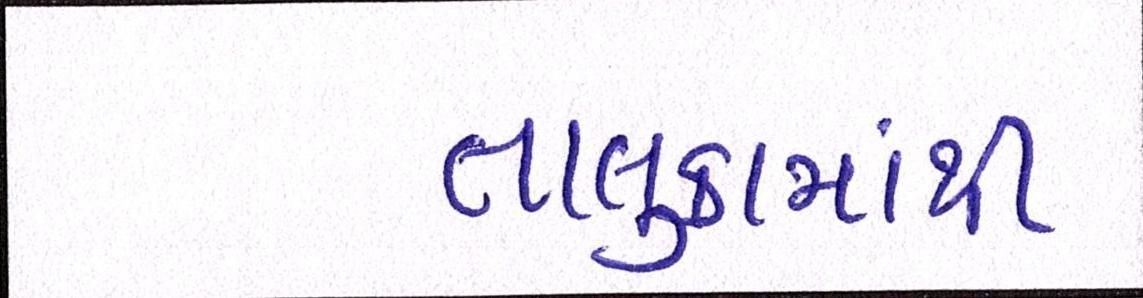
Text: તાલુકામાંથી